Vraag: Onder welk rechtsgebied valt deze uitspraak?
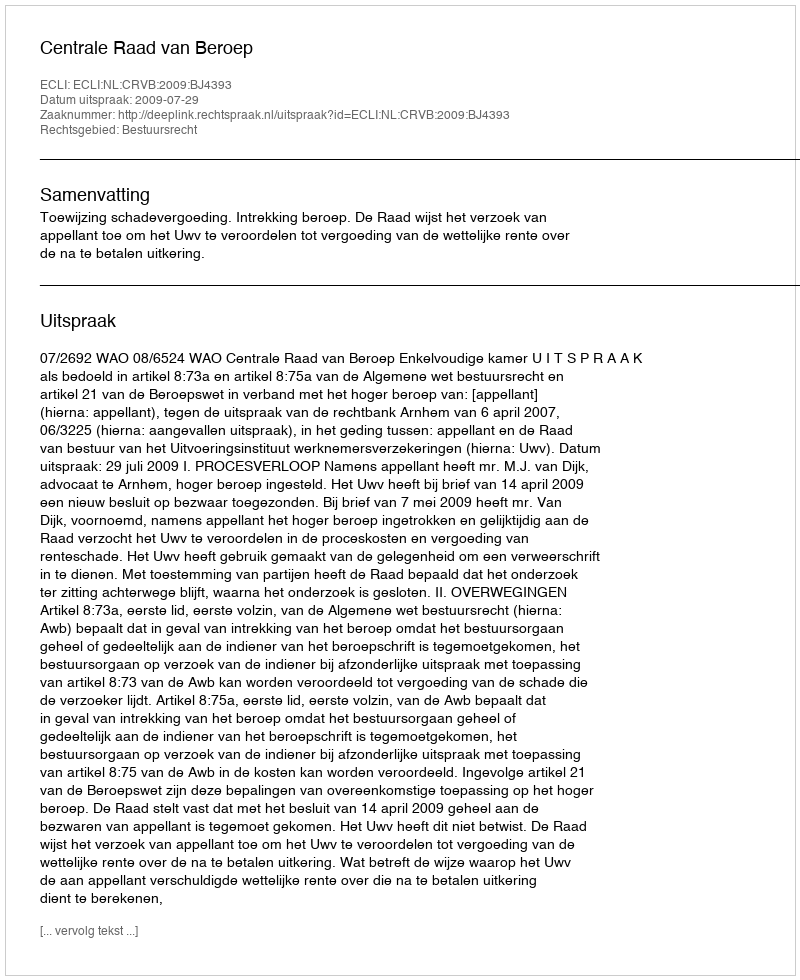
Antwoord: Bestuursrecht